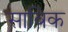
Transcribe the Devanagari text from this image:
साबिक